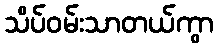
သိပ်ဝမ်းသာတယ်ကွာ